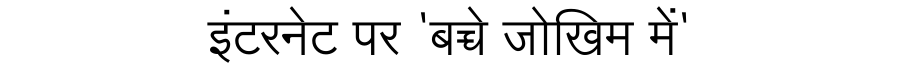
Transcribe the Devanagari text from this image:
इंटरनेट पर 'बच्चे जोखिम में'